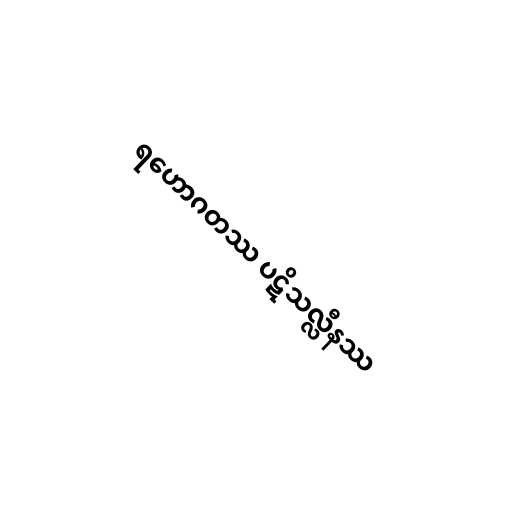
ရဟောဂတဿ ပဋိသလ္လီနဿ